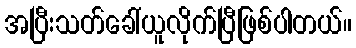
အပြီးသတ်ခေါ်ယူလိုက်ပြီဖြစ်ပါတယ်။